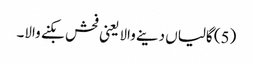
(5) گالیاں دینے والا یعنی فحش بکنے والا۔